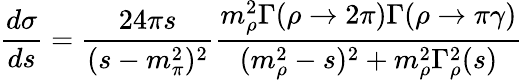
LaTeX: \frac{d\sigma}{ds}=\frac{24\pi s}{(s-m_{\pi}^{2})^{2}}\frac{m_{\rho}^{2}\Gamma(\rho\to 2\pi)\Gamma(\rho\to\pi\gamma)}{(m_{\rho}^{2}-s)^{2}+m_{\rho}^{2}\Gamma_{\rho}^{2}(s)}